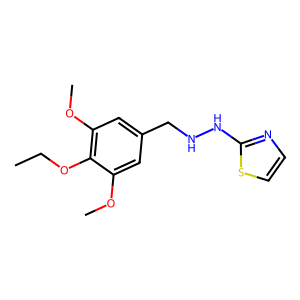
SMILES: CCOc1c(OC)cc(CNNc2nccs2)cc1OC
Inhibits HIV replication: No